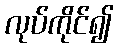
လုပ်ကိုင်၍